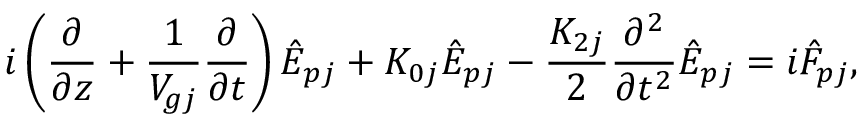
i \left( \frac { \partial } { \partial z } + \frac { 1 } { V _ { g j } } \frac { \partial } { \partial t } \right) \hat { E } _ { p j } + K _ { 0 j } \hat { E } _ { p j } - \frac { K _ { 2 j } } { 2 } \frac { \partial ^ { 2 } } { \partial t ^ { 2 } } \hat { E } _ { p j } = i { \hat { \cal F } } _ { p j } ,